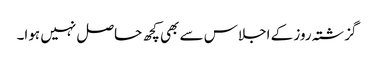
گزشتہ روز کے اجلاس سے بھی کچھ حاصل نہیں ہوا۔